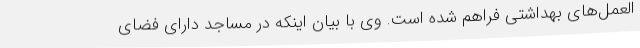
العمل‌های بهداشتی فراهم شده است. وی با بیان اینکه در مساجد دارای فضای